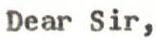
Dear Sir,